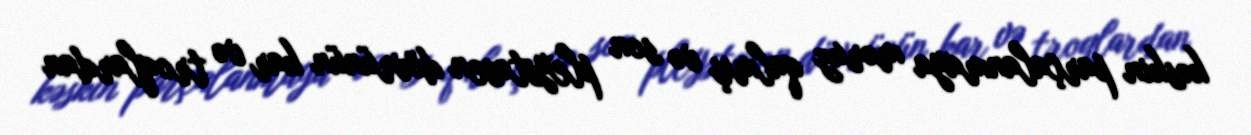
kəskin parçalanmaya məruz qalmış və son pleystosen dövrünün kar və troqlardan